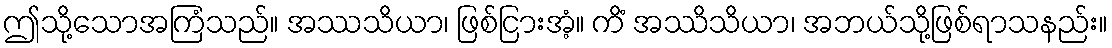
ဤသို့သောအကြံသည်။ အဿသိယာ၊ ဖြစ်ငြားအံ့။ ကိံ အဿိသိယာ၊ အဘယ်သို့ဖြစ်ရာသနည်း။